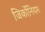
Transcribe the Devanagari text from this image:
जिर्कोनियम